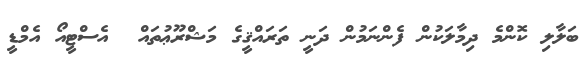
ބަލާލި ކޮންމެ ދިމާލަކުން ފެންނަމުން ދަނީ ތަރައްޤީގެ މަޝްރޫޢުތައް  އެސްޓީއޯ އެމްޑީ